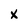
Character: X